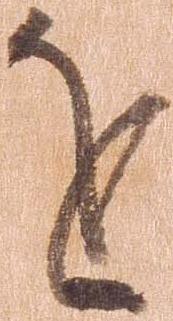
を